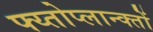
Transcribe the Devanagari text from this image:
फ्य्तोप्लान्क्तों